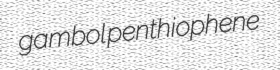
gambol penthiophene